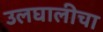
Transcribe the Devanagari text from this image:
उलघालीचा